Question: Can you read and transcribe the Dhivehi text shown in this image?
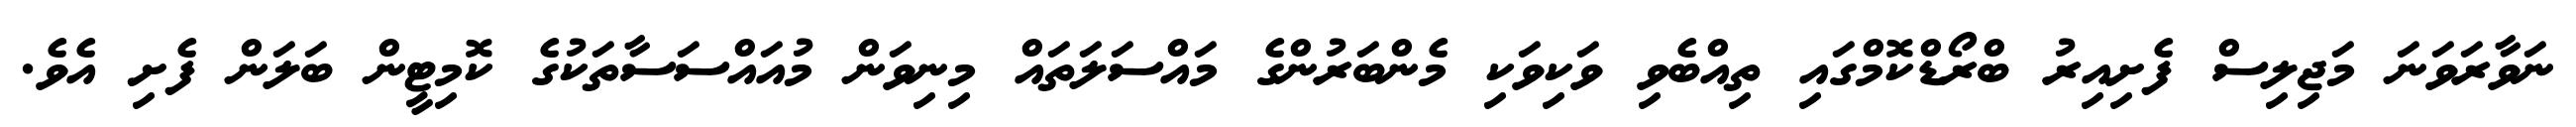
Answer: ނަވާރަވަނަ މަޖިލިސް ފެށިއިރު ބްރޯޑްކޮމްގައި ތިއްބެވި ވަކިވަކި މެންބަރުންގެ މައްސަލަތައް މިނިވަން މުއައްސަސާތަކުގެ ކޮމިޓީން ބަލަން ފެށި އެވެ.